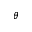
\theta